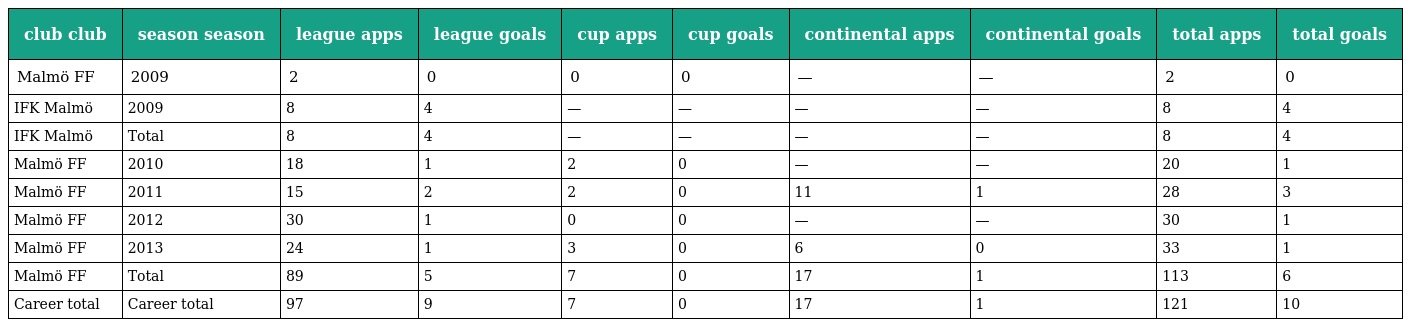
| club club | season season | league apps | league goals | cup apps | cup goals | continental apps | continental goals | total apps | total goals |
 | --- | --- | --- | --- | --- | --- | --- | --- | --- | --- |
 | Malmö FF | 2009 | 2 | 0 | 0 | 0 | — | — | 2 | 0 |
 | IFK Malmö | 2009 | 8 | 4 | — | — | — | — | 8 | 4 |
 | IFK Malmö | Total | 8 | 4 | — | — | — | — | 8 | 4 |
 | Malmö FF | 2010 | 18 | 1 | 2 | 0 | — | — | 20 | 1 |
 | Malmö FF | 2011 | 15 | 2 | 2 | 0 | 11 | 1 | 28 | 3 |
 | Malmö FF | 2012 | 30 | 1 | 0 | 0 | — | — | 30 | 1 |
 | Malmö FF | 2013 | 24 | 1 | 3 | 0 | 6 | 0 | 33 | 1 |
 | Malmö FF | Total | 89 | 5 | 7 | 0 | 17 | 1 | 113 | 6 |
 | Career total | Career total | 97 | 9 | 7 | 0 | 17 | 1 | 121 | 10 |